Vaccination in Burma 1912-1922 - 1912-1922
Year: 1912
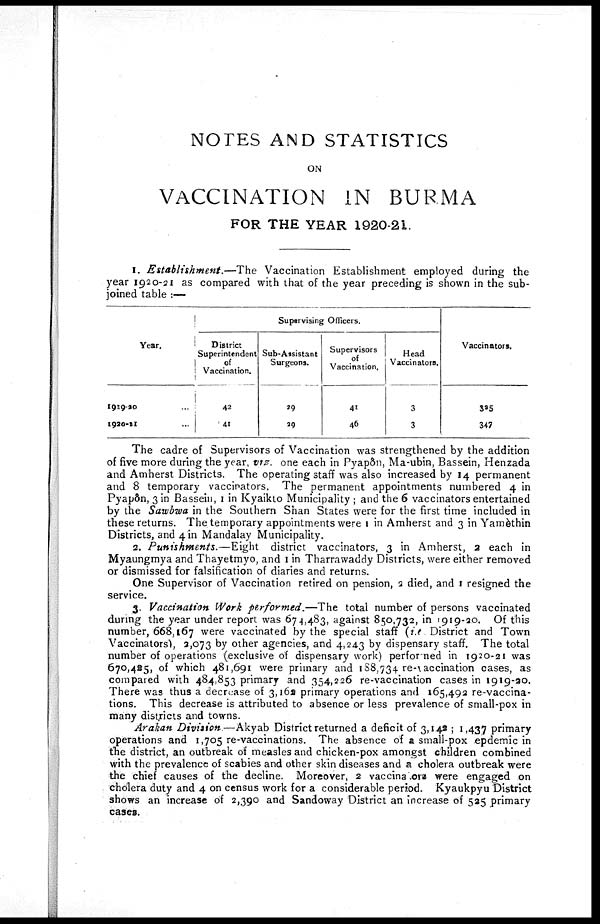
NOTES AND STATISTICS
ON
VACCINATION IN BURMA
FOR THE YEAR 1920-21.
1. Establishment.—The Vaccination Establishment employed during the
year 1920-21 as compared with that of the year preceding is shown in the sub-
joined table :—
Year.
1919-20 ...
1920-21 ...
Supervising Officers.
District
Superintendent
of
Vaccination.
42
41
Sub-Assistant
Surgeons.
29
29
Supervisors
of
Vaccination,
41
46
Head
Vaccinators.
3
3
Vaccinators.
325
347
The cadre of Supervisors of Vaccination was strengthened by the addition
of five more during the year, viz. one each in Pyapôn, Ma-ubin, Bassein, Henzada
and Amherst Districts. The operating staff was also increased by 14 permanent
and 8 temporary vaccinators. The permanent appointments numbered 4 in
Pyapôn, 3 in Bassein, 1 in Kyaikto Municipality ; and the 6 vaccinators entertained
by the Sawbwa in the Southern Shan States were for the first time included in
these returns. The temporary appointments were 1 in Amherst and 3 in Yamèthin
Districts, and 4 in Mandalay Municipality.
2. Punishments.—Eight
district vaccinators, 3 in Amherst, 2 each in
Myaungmya and Thayetmyo, and 1 in Tharrawaddy Districts, were either removed
or dismissed for falsification of diaries and returns.
One Supervisor of Vaccination retired on pension, 2 died, and 1 resigned the
service.
3. Vaccination Work performed.—The total number of persons vaccinated
during the year under report was 674,483, against 850,732, in 1919-20. Of this
number, 668,167 were vaccinated by the special staff (i.e. District and Town
Vaccinators), 2,073 by other agencies, and 4,243 by dispensary staff. The total
number of operations (exclusive of dispensary work) performed in 1920-21 was
670,425, of which 481,691 were primary and 188,734 re-vaccination cases, as
compared with 484,853 primary and 354,226 re-vaccination cases in 1919-20.
There was thus a decrease of 3,162 primary operations and 165,492 re-vaccina-
tions. This decrease is attributed to absence or less prevalence of small-pox in
many districts and towns.
Arakan Division.—Akyab District returned a deficit of 3,142; 1,437 primary
operations and 1,705 re-vaccinations. The absence of a small-pox .epdemic in
the district, an outbreak of measles and chicken-pox amongst children combined
with the prevalence of scabies and other skin diseases and a cholera outbreak were
the chief causes of the decline. Moreover, 2 vaccinators were engaged on
cholera duty and 4 on census work for a considerable period. Kyaukpyu District
shows an increase of 2,390 and Sandoway District an increase of 525 primary
cases.